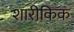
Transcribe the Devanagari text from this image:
शारीकिक